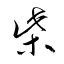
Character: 柴